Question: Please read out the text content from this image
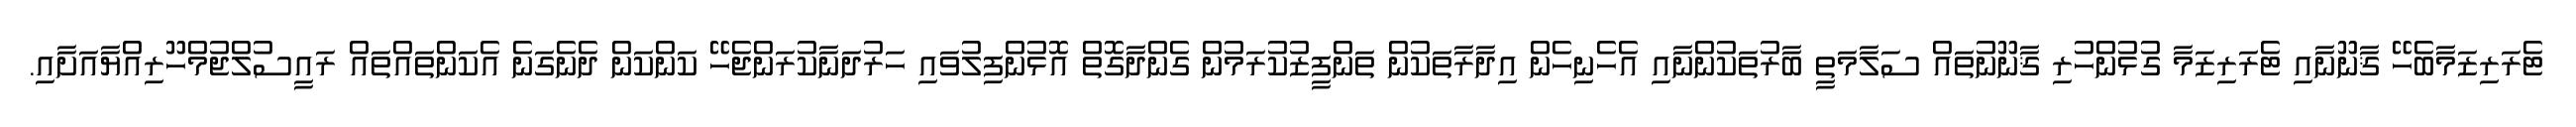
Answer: ޓެރަރިޒަމާބެހޭ ޤާނޫނާއި ޓެރަރިޒަމާ ގުޅުންހުރި ޤާނޫނުތައް ސަލާމަތީ ބާރުތަކުންނާއި އެހެނިހެން އިދާރާތަކުން ތަންފީޒުކުރަމުން ގެންދާގޮތް އޮޅުންފިލުވައި ހަރުދަނާކުރަންޖެހޭ ކަންކަން ދެނެގަނެ އެކަންތައްތައް ރައީސުލްޖުމްހޫރިއްޔާއަށާއި.